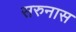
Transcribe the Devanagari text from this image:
सरुनास